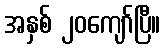
အနှစ် ၂၀ကျော်ပြီ။